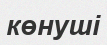
көнуші